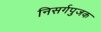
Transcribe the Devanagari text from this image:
निसर्गपुजक